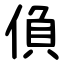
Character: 偩